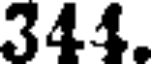
344.